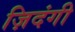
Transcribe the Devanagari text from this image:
ज़िदंगी